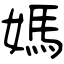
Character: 媽